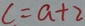
C = a + 2